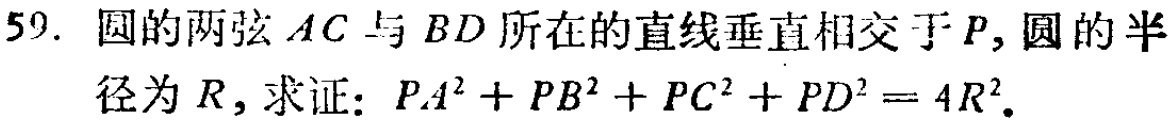
59. 圆的两弦 \(AC\) 与 \(BD\) 所在的直线垂直相交于 \(P\)，圆的半径为 \(R\)，求证：\(PA^{2}+PB^{2}+PC^{2}+PD^{2}=4R^{2}\)。